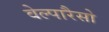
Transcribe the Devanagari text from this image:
वेल्पारैसो